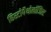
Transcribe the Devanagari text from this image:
हिस्टोपैथोलॉजिस्ट